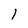
Character: 1